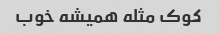
کوک مثله همیشه خوب